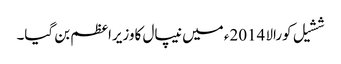
ششیل کورالا 2014ء میں نیپال کاوزیراعظم بن گیا۔